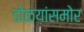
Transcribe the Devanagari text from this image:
डोळय़ांसमोर